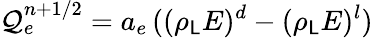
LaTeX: {\mathcal{Q}}_{e}^{n+1/2}=a_{e}\, ((\rho_{\mathsf{L}}E)^{d}-(\rho_{\mathsf{L}}E)^{l})